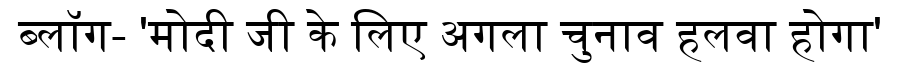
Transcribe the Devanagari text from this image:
ब्लॉग- 'मोदी जी के लिए अगला चुनाव हलवा होगा'